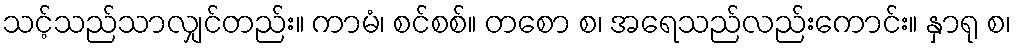
သင့်သည်သာလျှင်တည်း။ ကာမံ၊ စင်စစ်။ တစော စ၊ အရေသည်လည်းကောင်း။ နှာရု စ၊